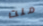
منت